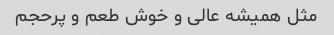
مثل همیشه عالی و خوش طعم و پرحجم